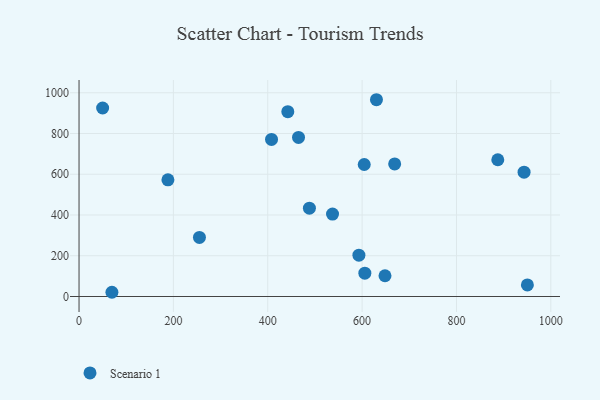
{"axis": {"x": "Study Hours", "y": "Sales"}, "legend": ["Scenario 1"], "data": [{"x": "255.2", "y": 290.1, "type": "Scenario 1"}, {"x": "537.3", "y": 404.6, "type": "Scenario 1"}, {"x": "669.0", "y": 650.6, "type": "Scenario 1"}, {"x": "465.2", "y": 780.9, "type": "Scenario 1"}, {"x": "648.5", "y": 101.9, "type": "Scenario 1"}, {"x": "605.8", "y": 114.6, "type": "Scenario 1"}, {"x": "950.3", "y": 57.0, "type": "Scenario 1"}, {"x": "630.4", "y": 965.7, "type": "Scenario 1"}, {"x": "488.3", "y": 433.4, "type": "Scenario 1"}, {"x": "408.0", "y": 770.8, "type": "Scenario 1"}, {"x": "604.5", "y": 647.9, "type": "Scenario 1"}, {"x": "442.5", "y": 907.1, "type": "Scenario 1"}, {"x": "188.4", "y": 572.6, "type": "Scenario 1"}, {"x": "69.7", "y": 20.8, "type": "Scenario 1"}, {"x": "593.2", "y": 203.0, "type": "Scenario 1"}, {"x": "943.3", "y": 610.2, "type": "Scenario 1"}, {"x": "887.6", "y": 671.2, "type": "Scenario 1"}, {"x": "50.0", "y": 925.1, "type": "Scenario 1"}]}